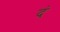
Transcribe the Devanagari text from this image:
दं